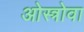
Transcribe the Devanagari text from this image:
ओस्त्रोवा